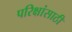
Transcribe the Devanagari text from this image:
परिक्षांसाठी